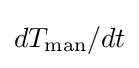
dT_{\text{man}}/dt